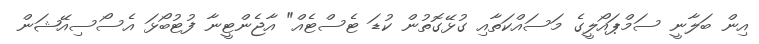
އިން ބަލާނީ ސަމްޕައޯލީގެ މަސައްކަތާއި ގުޅޭގޮތުން ކުޑަ ޓެސްޓެއް" އާޖެންޓީނާ ފުޓުބޯޅަ އެސޯސިއޭޝަން